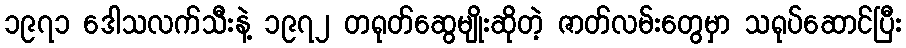
၁၉၇၁ ဒေါသလက်သီးနဲ့ ၁၉၇၂ တရုတ်ဆွေမျိုးဆိုတဲ့ ဇာတ်လမ်းတွေမှာ သရုပ်ဆောင်ပြီး